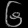
Digit: ၆